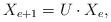
LaTeX: \begin{align*}X_{e+1} = U \cdot X_e,\end{align*}